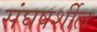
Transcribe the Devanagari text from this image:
संघषर्शील